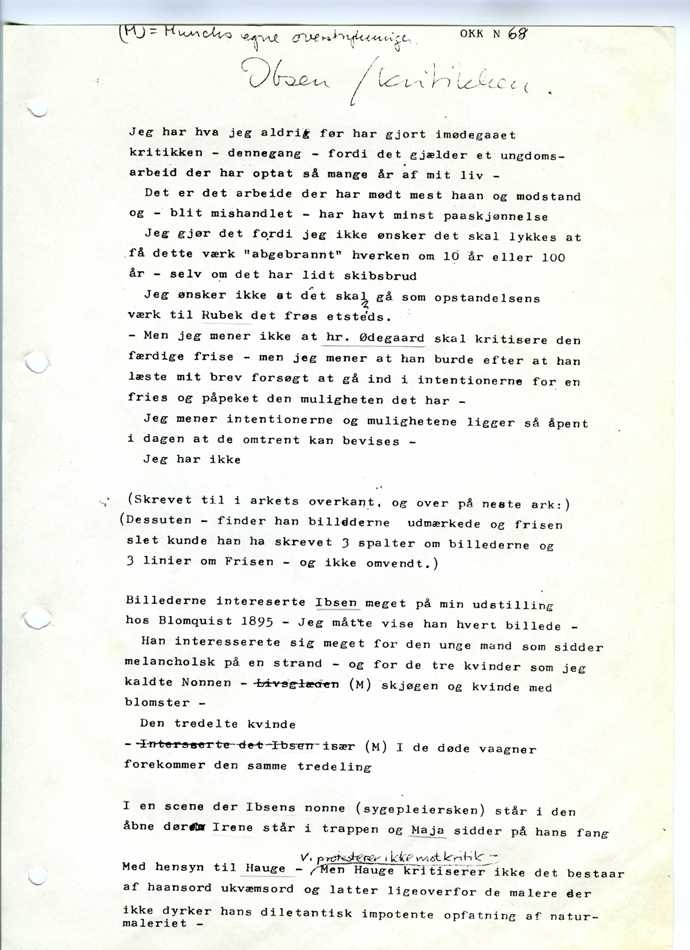
Jeg har hva jeg aldrig før har gjort imødegaaet
kritikken – dennegang – fordi det gjælder et ungdoms-
arbeid der har optat så mange år af mit liv
– Det er det arbeide der har mødt mest haan og modstand
og – blit mishandlet – har havt minst paaskjønnelse
Jeg gjør det fordi jeg ikke ønsker det skal lykkes at
få dette værk «abgebrannt» hverken om 10 år eller 100
år – selv om det har lidt skibsbrud
Jeg ønsker ikke at det skal gå som opstandelsens
værk til Rubek det frøs etsteds. –
Men jeg mener ikke at hr. Ødegaard skal kritisere den
færdige frise – men jeg mener at han burde efter at han
læste mit brev forsøgt at gå ind i intentionerne for en
fries og påpeket den muligheten det har –
Jeg mener intentionerne og mulighetene ligger så åpent
i dagen at de omtrent kan bevises
– Jeg har ikke
(Dessuten – finder han billederne udmærkede og frisen
slet kunde han ha skrevet 3 spalter om billederne og
3 linier om Frisen – og ikke omvendt.)
Billederne intereserte Ibsen meget på min udstilling
hos Blomquist 1895 – Jeg  måtte vise han hvert billede
– Han interesserete sig meget for den unge mand som sidder
melancholsk på en strand – og for de tre kvinder som jeg
kaldte Nonnen – Livsglæden skjøgen og kvinde med
blomster
– Den tredelte kvinde
forekommer den samme tredeling
I en scene der Ibsens nonne (sygepleiersken) står i den
åbne dør Irene står i trappen og Maja sidder på hans fang
af haansord ukvæmsord og latter ligeoverfor de malere der